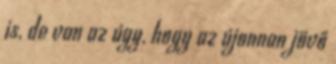
is, de van az úgy, hogy az újonnan jövő